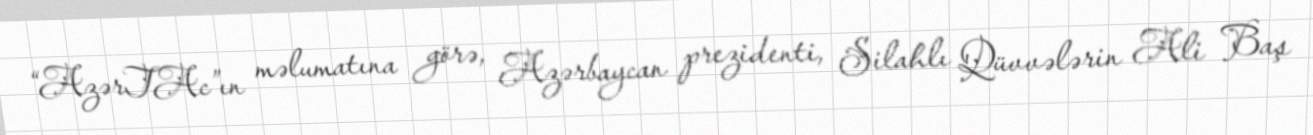
“AzərTAc”ın məlumatına görə, Azərbaycan prezidenti, Silahlı Qüvvələrin Ali Baş